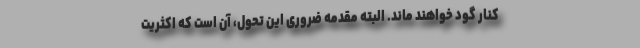
کنار گود خواهند ماند. البته مقدمه ضروری این تحول، آن است که اکثریت